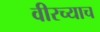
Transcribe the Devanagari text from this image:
वीरच्याच